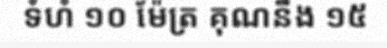
ទំហំ ១០ ម៉ែត្រ គុណនឹង ១៥